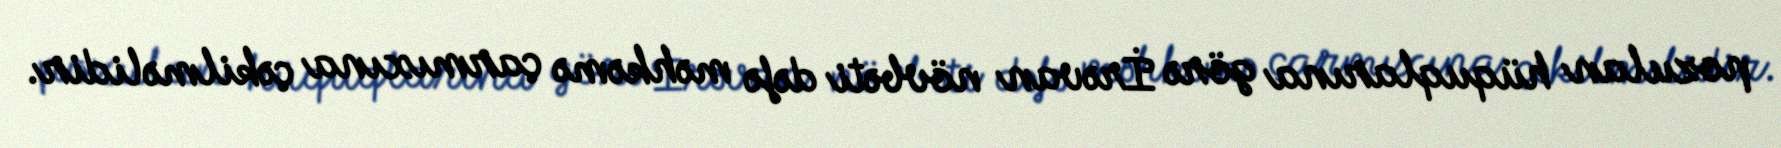
pozulan hüquqlarına görə İrəvan növbəti dəfə məhkəmə çarmıxına çəkilməlidir.